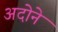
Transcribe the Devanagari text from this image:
अदोने